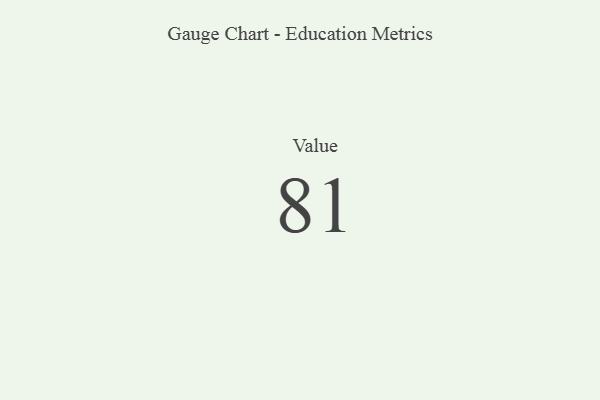
{"axis": {"x": "Metric", "y": "Value"}, "legend": [""], "data": [{"x": "Value", "y": 81, "type": ""}]}